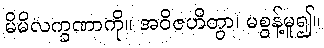
မိမိလက္ခဏာကို။ အဝိဇဟိတွာ၊ မစွန့်မူ၍။